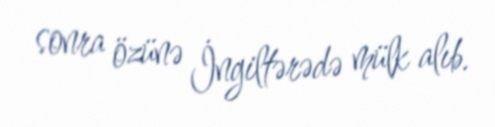
sonra özünə İngiltərədə mülk alıb.